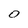
Character: O